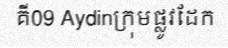
គី09 Aydinក្រុមផ្លូវដែក